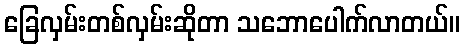
ခြေလှမ်းတစ်လှမ်းဆိုတာ သဘောပေါက်လာတယ်။